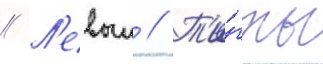
// Л'евыи // Т'и́гры